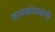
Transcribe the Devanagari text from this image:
बालकोपयोगी